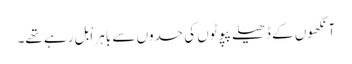
آنکھوں کے ڈھیلے پپوٹوں کی حدوں سے باہر اْبل رہے تھے۔